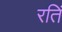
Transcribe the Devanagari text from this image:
रतिं